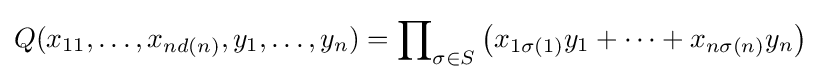
Q(x_{11},\dots ,x_{nd(n)},y_{1},\dots ,y_{n})=\prod \nolimits _{\sigma \in S}\left(x_{1\sigma (1)}y_{1}+\dots +x_{n\sigma (n)}y_{n}\right)